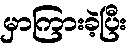
မှာကြားခဲ့ပြီး